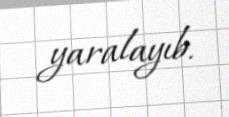
yaralayıb.